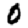
Digit: 0